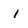
Character: 1